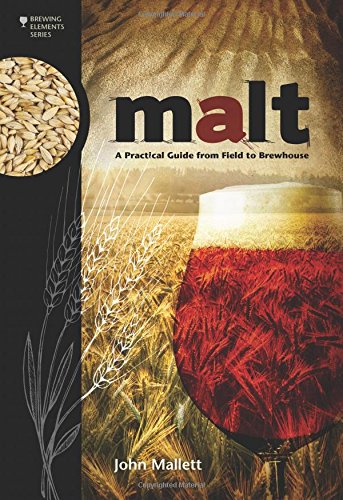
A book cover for Malt: A Practical Guide from Field to Brewhouse (Brewing Elements); John Mallett; Cookbooks, Food & Wine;